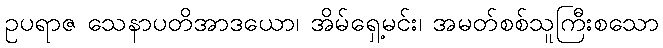
ဥပရာဇ သေနာပတိအာဒယော၊ အိမ်ရှေ့မင်း၊ အမတ်စစ်သူကြီးစသော